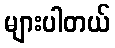
များပါတယ်